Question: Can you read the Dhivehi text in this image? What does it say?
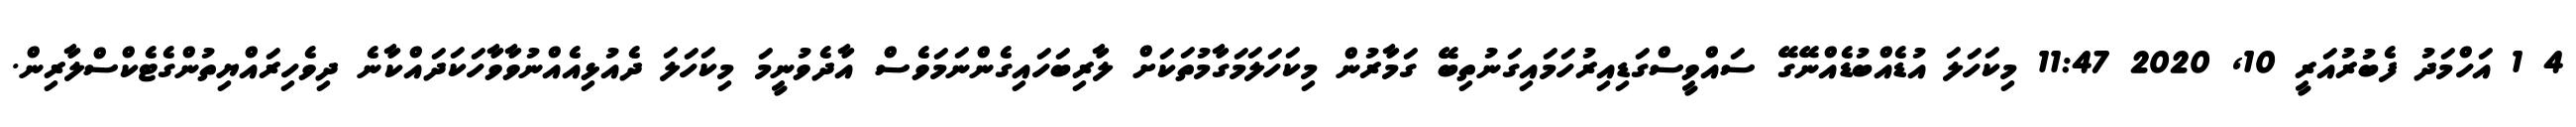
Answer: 4 1 އަހްމަދު ފެބުރުއަރީ 10, 2020 11:47 މިކަހަލަ އުޑެއްބުޑެއްނޭގޭ ސައްވީސްގަޑިއިރުހަމައިގަނުތިބޭ ގަމާރުން މިކަހަލަމަގާމުތަކަށް ލާރިބަހައިގެންނަމަވެސް އާދެވުނީމަ މިކަހަލަ ދެއުޅިއެއްނުވާވާހަކަދައްކާނެ ދިވެހިރައްޔިތުންގެޓެކްސްލާރިން.